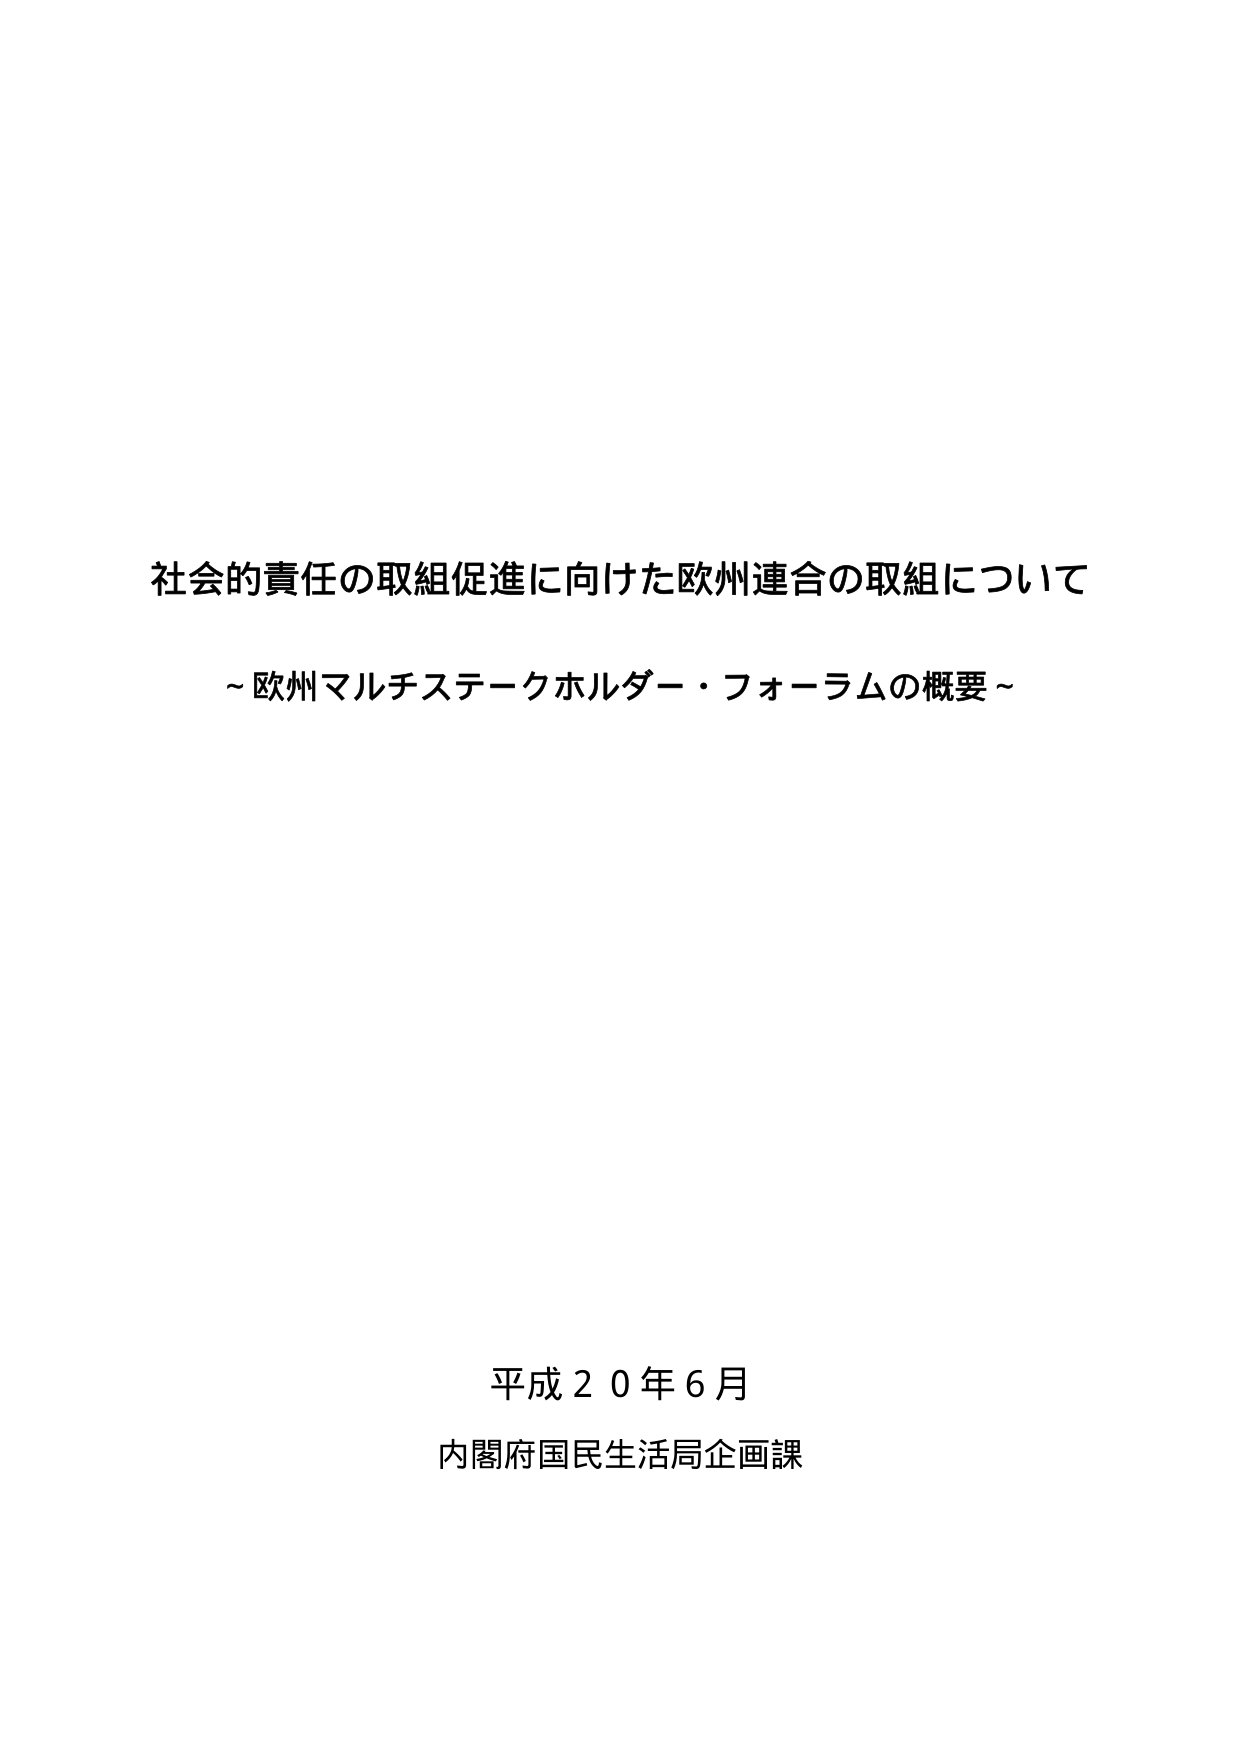
社会的責任の取組促進に向けた欧州連合の取組について
～欧州マルチステークホルダー・フォーラムの概要～

平成２０年６月
内閣府国民生活局企画課